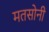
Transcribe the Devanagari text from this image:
मतसोनी